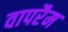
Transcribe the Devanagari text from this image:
वापरैम